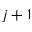
j + 1